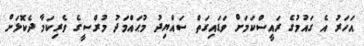
އަހަރު އެ ގައުމުގެ ރައީސްކަމަށް ވަޑައިގަތް ސައްޔިދު މުޙައްމަދު މުރްސީގެ ވެރިކަމާ ދެކޮޅަށް